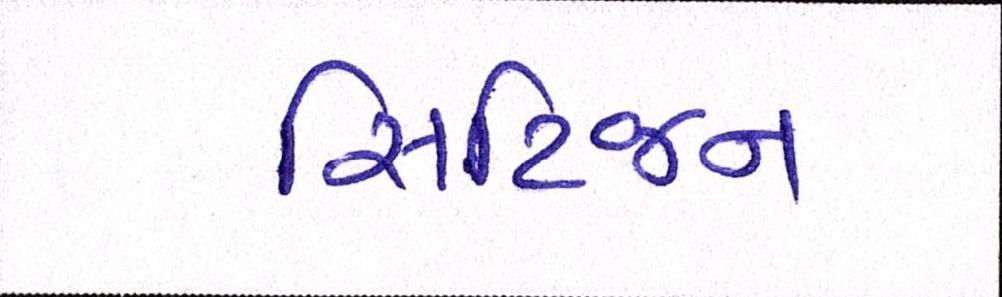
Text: સિટિજન